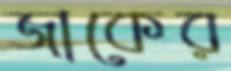
জাকের